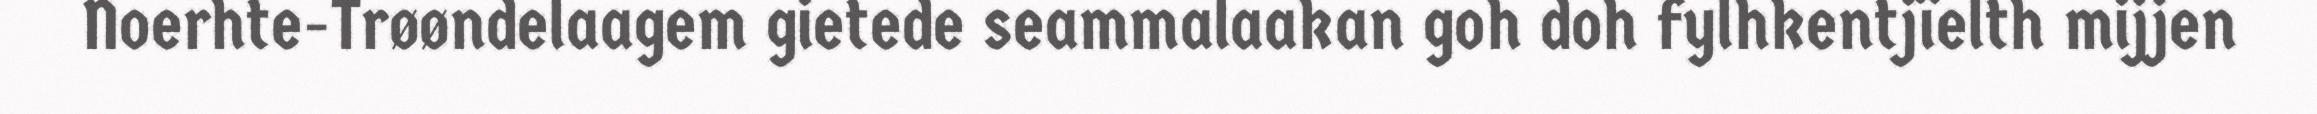
Noerhte-Trøøndelaagem gietede seammalaakan goh doh fylhkentjïelth mijjen